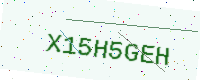
Text: X15H5GEH